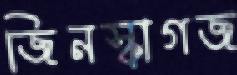
জিনস্কাগজ